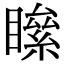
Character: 𥊻